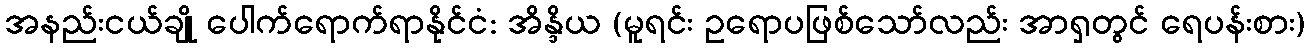
အနည်းငယ်ချို ပေါက်ရောက်ရာနိုင်ငံ: အိန္ဒိယ (မူရင်း ဥရောပဖြစ်သော်လည်း အာရှတွင် ရေပန်းစား)